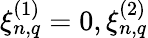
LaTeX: \xi_{n,q}^{(1)}=0,\xi_{n,q}^{(2)}